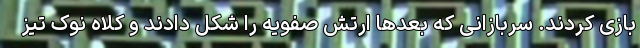
بازی کردند. سربازانی که بعدها ارتش صفویه را شکل دادند و کلاه نوک تیز